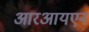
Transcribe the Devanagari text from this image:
आरआयएन